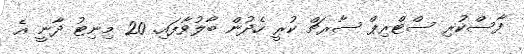
ފާސްކުރި ސްޓްރިޕް ސާރޗް ކުރީ ހެދުން ބާލުވާފައި. 20 މިނިޓު ދާނީ އެ